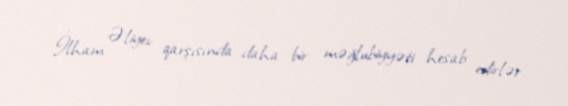
İlham Əliyev qarşısında daha bir məğlubiyyəti hesab edirlər.